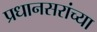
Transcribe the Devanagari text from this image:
प्रधानसरांच्या